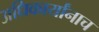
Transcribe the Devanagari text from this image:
अधिकार्यांनाच